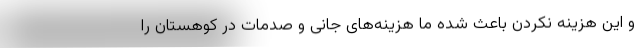
و این هزینه نکردن باعث شده ما هزینه‌های جانی و صدمات در کوهستان را